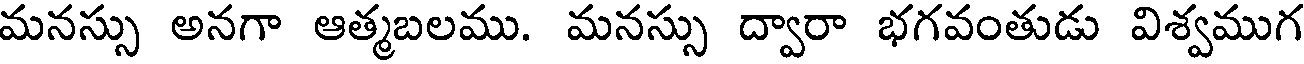
మనస్సు అనగా ఆత్మబలము. మనస్సు ద్వారా భగవంతుడు విశ్వముగ